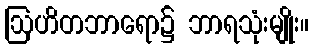
ဩဟိတဘာရော၌ ဘာရသုံးမျိုး။